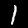
Digit: 1